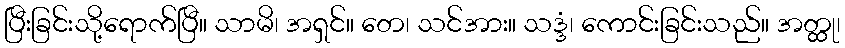
ပြီးခြင်းသို့ရောက်ပြီ။ သာမိ၊ အရှင်။ တေ၊ သင်အား။ သဒ္ဒံ၊ ကောင်းခြင်းသည်။ အတ္ထု၊